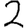
Digit: 2